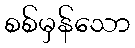
စစ်မှန်သော